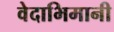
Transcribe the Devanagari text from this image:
वेदाभिमानी